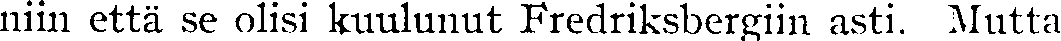
niin että se olisi kuulunut Fredriksbergiin asti. Mutta